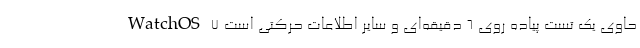
WatchOS 7 حاوی یک تست پیاده روی 6 دقیقه‌ای و سایر اطلاعات حرکتی است